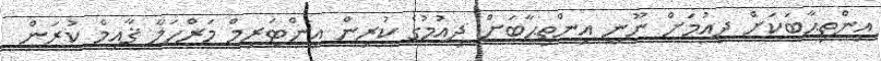
އިންތިޙާބަކަށް ދިއުމަށް ނޫނީ އިންތިޙާބަށް ދިއުމުގެ ކުރިން އިންޓަރިމް މަރްހަލާ ޤާއިމް ކުރަން